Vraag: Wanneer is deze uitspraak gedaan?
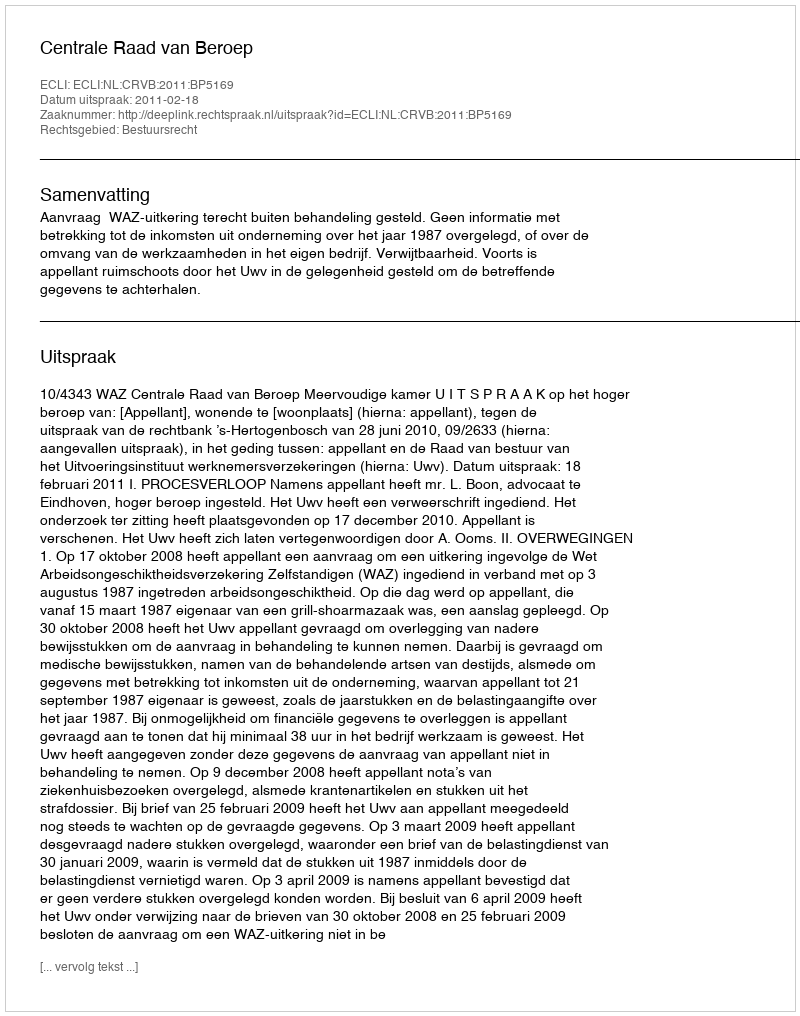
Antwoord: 2011-02-18